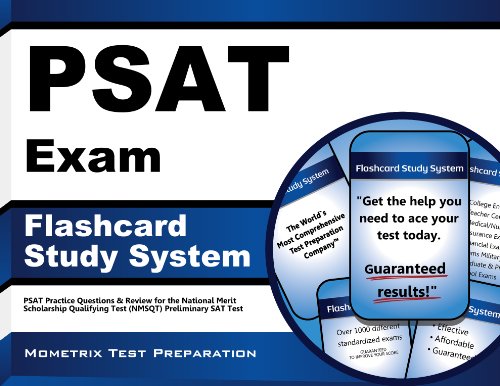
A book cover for PSAT Exam Flashcard Study System: PSAT Practice Questions & Review for the National Merit Scholarship Qualifying Test (NMSQT) Preliminary SAT Test; PSAT Exam Secrets Test Prep Team; Test Preparation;